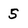
Character: 5